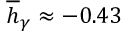
\overline { { h } } _ { \gamma } \approx - 0 . 4 3